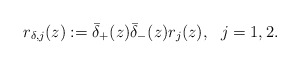
\begin{align*}r_{\delta,j}(z):=\bar{\delta}_+(z) \bar{\delta}_-(z) r_{j}(z), \ \ j=1,2.\end{align*}